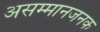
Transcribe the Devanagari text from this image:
असम्मानजनक